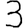
Digit: 3